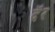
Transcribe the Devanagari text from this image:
दॅ़र